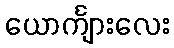
ယောင်္ကျားလေး